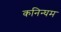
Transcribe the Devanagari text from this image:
कनिन्घम